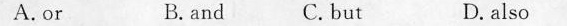
A.or B.and C. but D. also